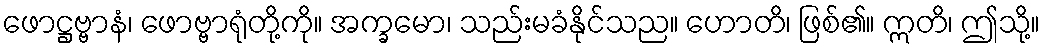
ဖောဋ္ဌဗ္ဗာနံ၊ ဖောဗ္ဗာရုံတို့ကို။ အက္ခမော၊ သည်းမခံနိုင်သည။ ဟောတိ၊ ဖြစ်၏။ ဣတိ၊ ဤသို့။